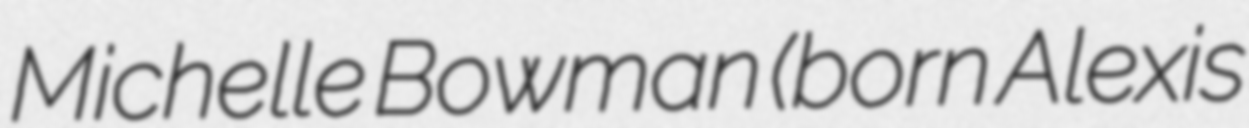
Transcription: Michelle Bowman (born Alexis